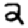
Digit: 2